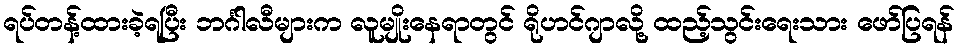
ရပ်တန့်ထားခဲ့ရပြီး ဘင်္ဂါလီများက လူမျိုးနေရာတွင် ရိုဟင်ဂျာလို့ ထည့်သွင်းရေးသား ဖော်ပြရန်